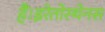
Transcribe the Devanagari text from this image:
हैं।इरेतोस्थेनस